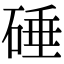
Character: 硾